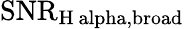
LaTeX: \mathrm{SNR}_{\mathrm{H\ alpha,broad}}